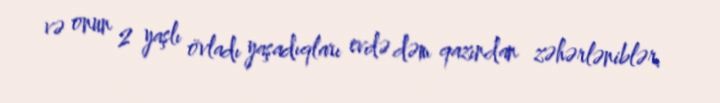
və onun 2 yaşlı övladı yaşadıqları evdə dəm qazından zəhərləniblər.